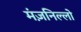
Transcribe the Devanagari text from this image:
मंज़निल्लो